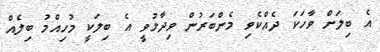
އެ ބިލަށް ވާހަކަ ދެއްކެވި މެންބަރުން ވިދާޅުވީ އެ ބިލަކީ މުހިއްމު ބިލެއް